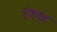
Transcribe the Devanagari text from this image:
फ़िख